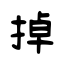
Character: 掉